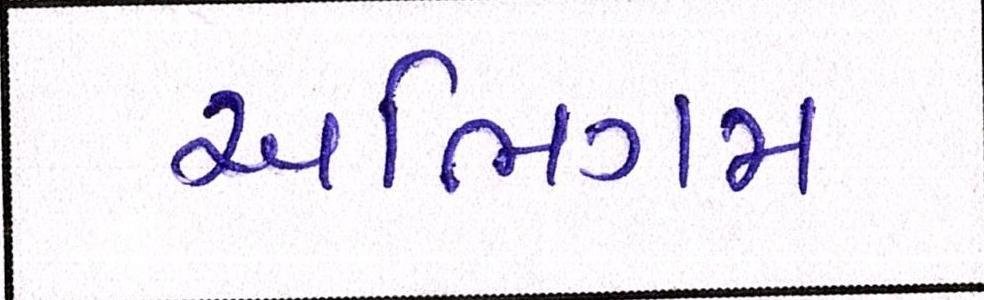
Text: અભિગમ